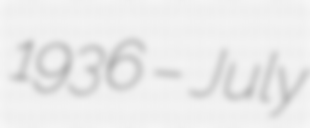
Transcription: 1936 – July